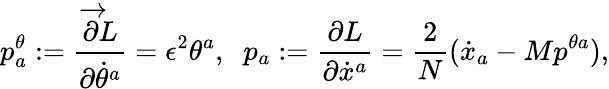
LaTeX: p_{a}^{\theta}:=\frac{\overrightarrow{\partial}L}{\partial{\dot{\theta}^{a}}}=\epsilon^{2}\theta^{a},\; \; p_{a}:=\frac{\partial L}{\partial\dot{x}^{a}}=\frac{2}{N}(\dot{x}_{a}-Mp^{\theta a}),